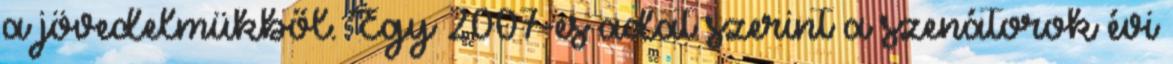
a jövedelmükből. Egy 2007-es adat szerint a szenátorok évi